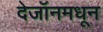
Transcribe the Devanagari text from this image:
देजॉनमधून